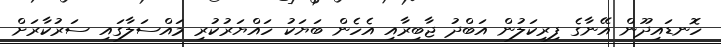
ހޮނޑައިދޫން އޭނާގެ ފިރިކަލުން އަބްދު ޖާބިރާއި އެހެން ބަޔަކު ހައްޔަރުކުރި މައްސަލާގައި ސަރުކާރަށް